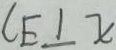
C E \bot x